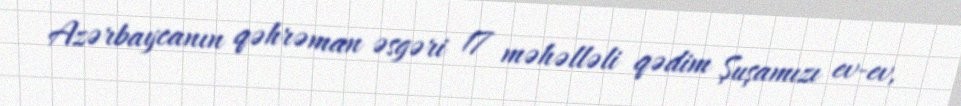
Azərbaycanın qəhrəman əsgəri 17 məhəlləli qədim Şuşamızı ev-ev,